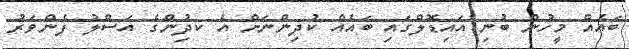
ބައެއް މީހުން ބުނި އައިޑޮލްގައި ބައެއް ކުދިންނަށް އެ ކދުިންގެ އަސްލު ފެންވަރު